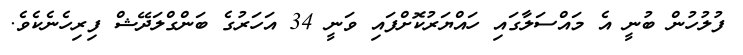
ފުލުހުން ބުނީ އެ މައްސަލާގައި ހައްޔަރުކޮށްފައި ވަނީ 34 އަހަރުގެ ބަންގްލަދޭޝް ފިރިހެނެކެވެ.